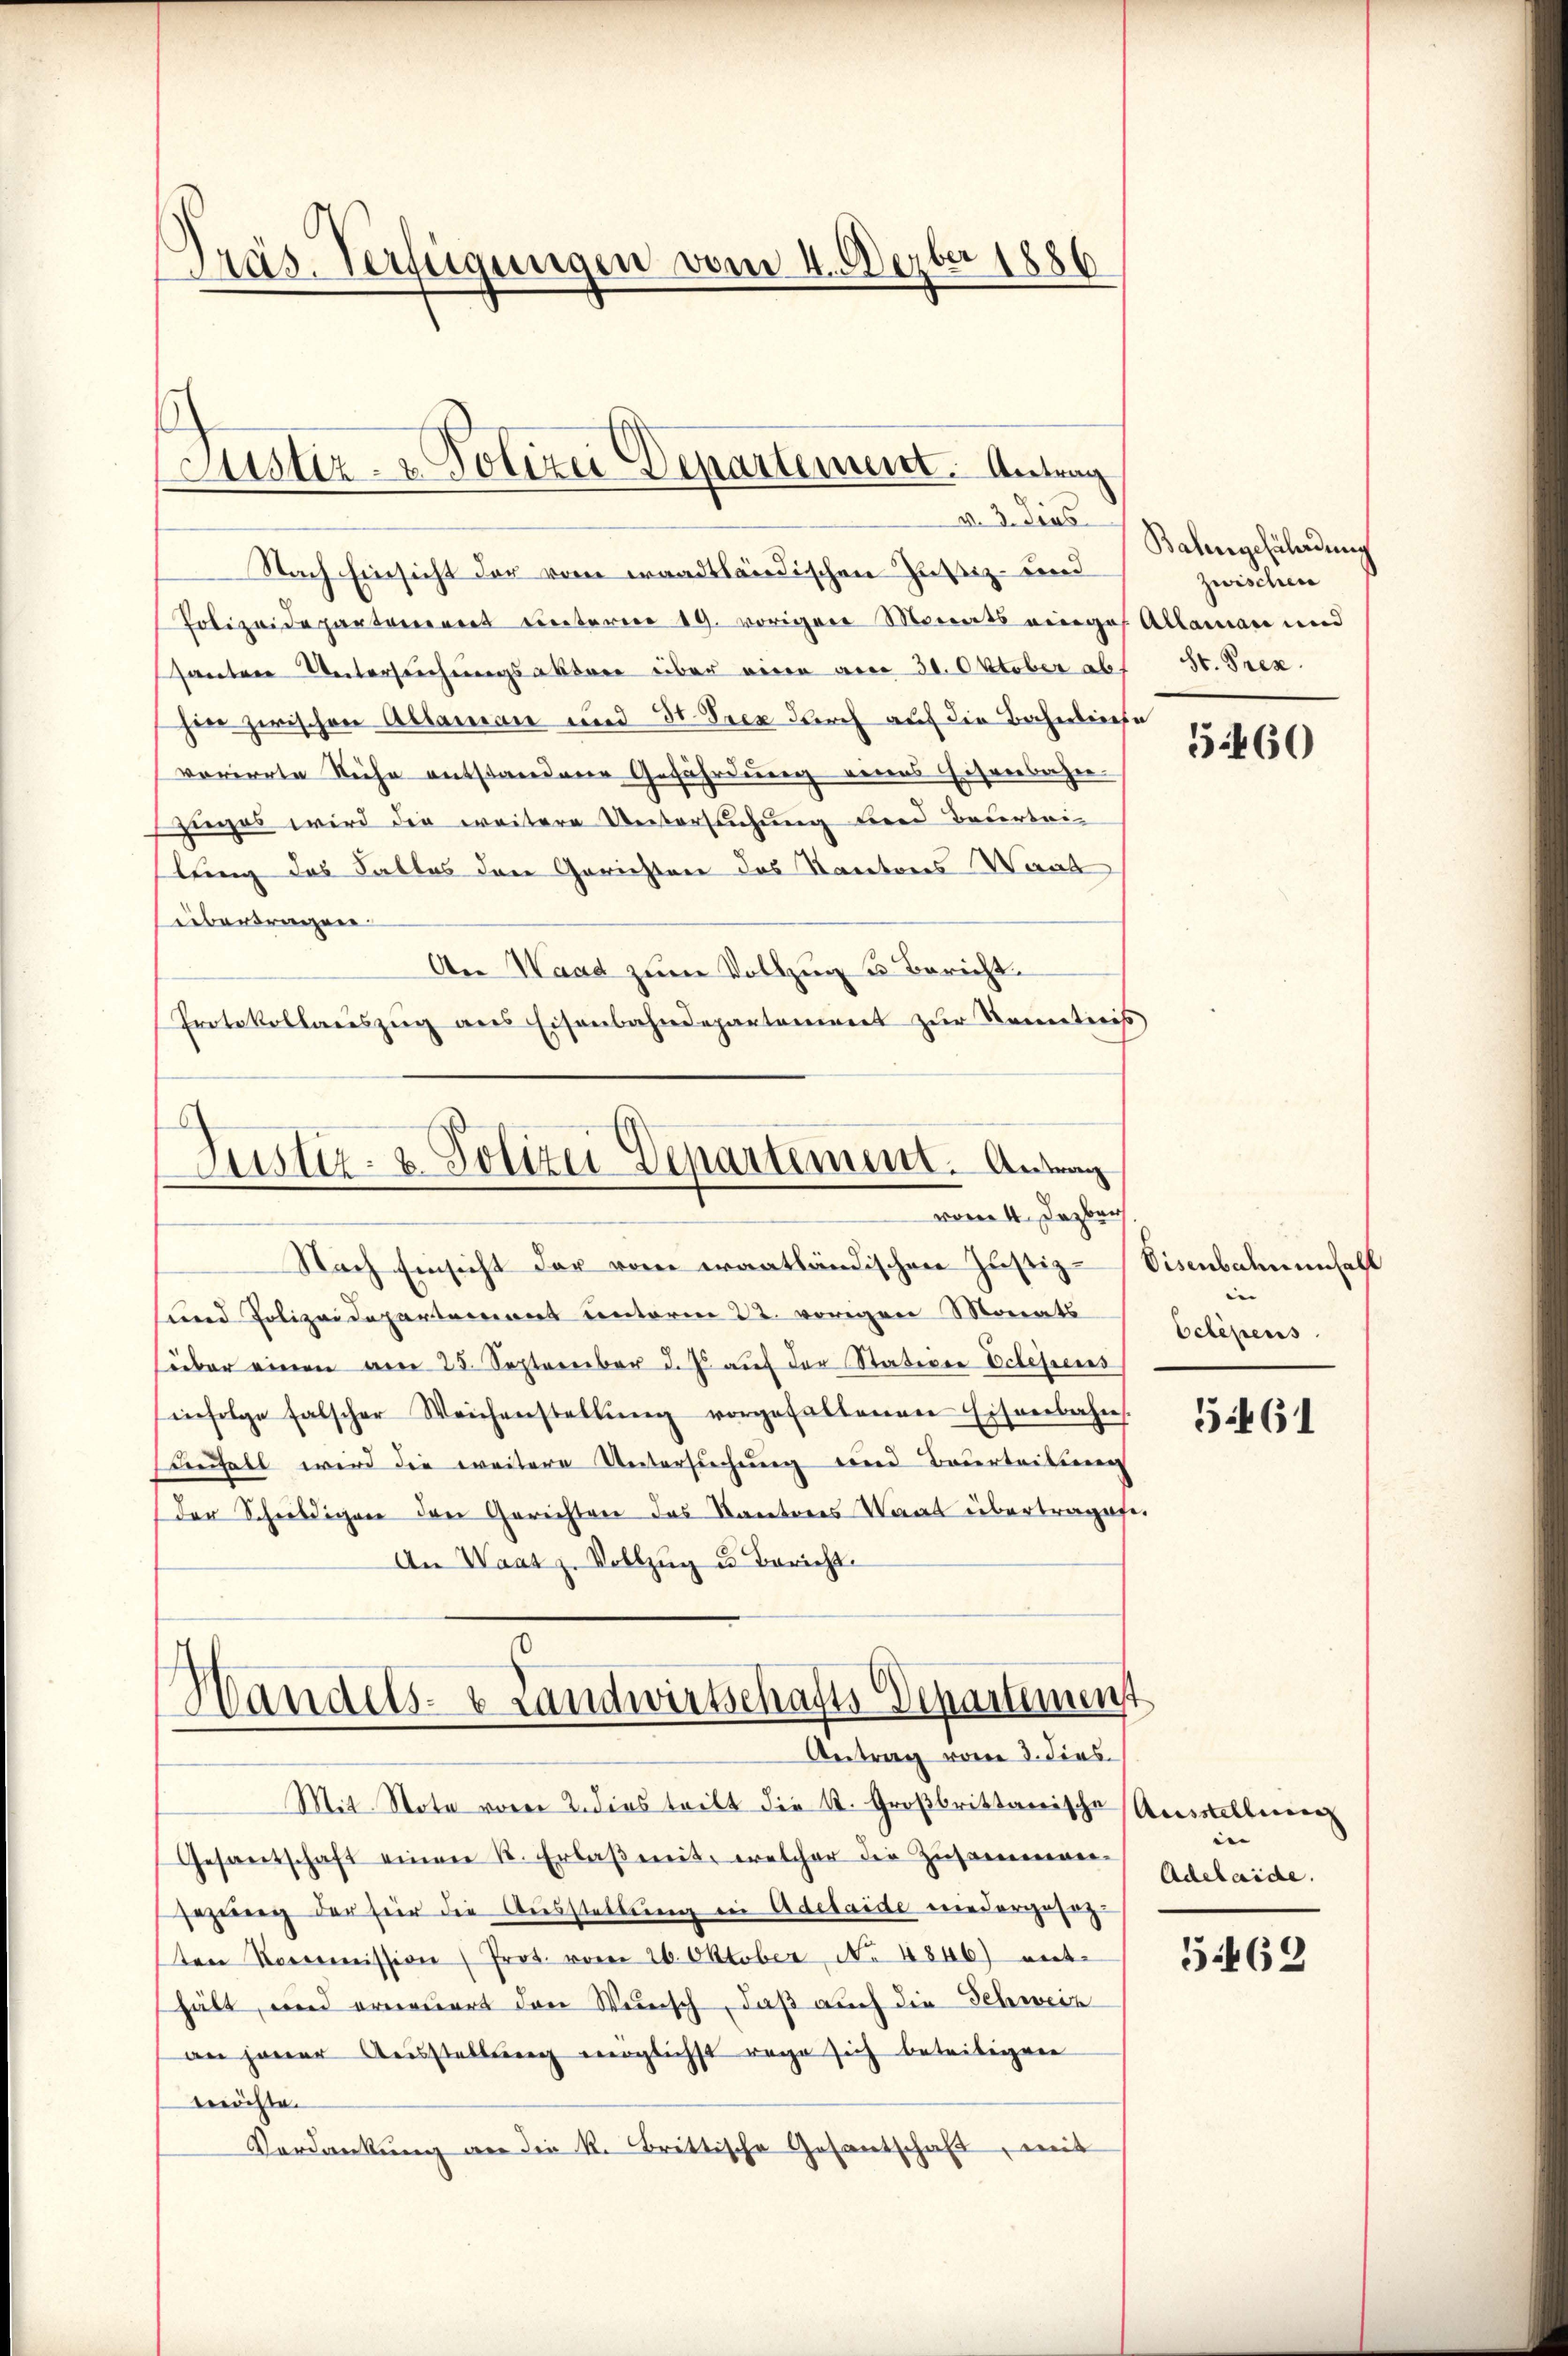
Präs. Verfügungen vom 4. Dezbr 1886

Justiz- & Polizei Departement. Antrag
v. 3. dies

Nach Einsicht der vom waadtländischen Justiz- und
Polizeidepartement unterm 19. vorigen Monats eiges Alleman und
santere Untersuchungsaktere über einen am 30. Oktober ab
hier zwischen Ablamian und St. Peez durch auf die Bahnliche
verirrte Siche entstandene Gefährdung eines Ehrenbahn.
zieges wird die weitere Untersuchung bei Beurteilung des Falles den Gerichten des Kantons Waad
übertragen
An Wand zum Vollzug u. Bericht.
Protokollaŭszŭg ans Eisenbahndepartamiert zŭr Kometeris

Justiz- & Polizei Departement. Antrag
vom 4. Dazber

Wandels- & Landwirtschafts-Departement
Antrag vom 3. dies

Mit Note vor 2. dies teilt die K. Großbrittanische
Gesandschaft einen k. Erlaβ mit, welcher die Zusammener-
sezung der für die Ausstellung in Adelaide wiedergesez
ten Kommission Prot. vom 26. Oktober, No 4846) ent-
hält, und erneuert den Wunsch, daß auch die Schweiz
an jener Ausstellung möglichst rege sich beteiligen
beröchte.
Verdankŭng an die k. Brittische Gesantschaft, mit

Nach Einsicht der vom eraatländischen Justiz-
und Polizeidepartemens unterm 22. vorigen Monats
über einen am 25. September d. Js. aŭf der Stativer Erlebens
infolge falscher Weichenstellŭng vorgefaltenen Eisenbahn.
Beifall wird die weitere Untersuchung und Beurteilung
der Schuldigen den Gerichten das Kantores Waat übertrages.
An Waatz. Vollzŭg u Bericht.

Bahngefährdung
zwischen
St. Pren.

560

Eisenbahnenfall
 |
Eclipens

5461

Ausstellung
 |
Adelaide.

5462